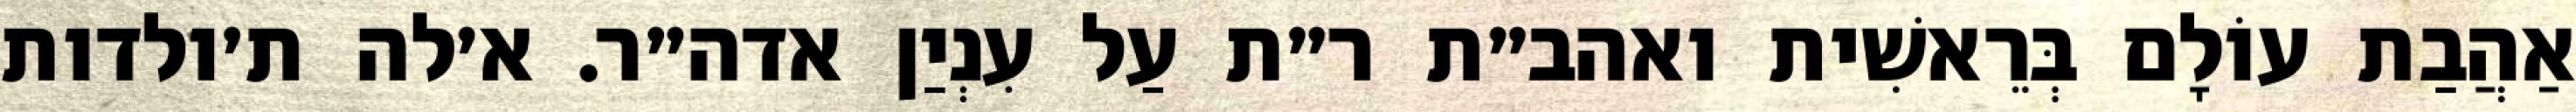
אַהֲבַת עוֹלָם בְּרֵאשִׁית ואהב״ת ר״ת עַל עִנְיַן אדה״ר. א׳לה ת׳ולדות